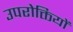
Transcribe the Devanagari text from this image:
उपरोक्तियों